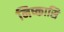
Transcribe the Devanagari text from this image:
निष्कासि